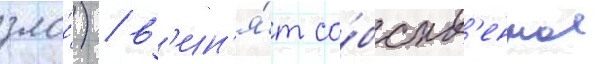
зло́) / в'ин'я́т со́бств'енное